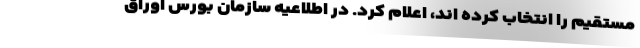
مستقیم را انتخاب کرده اند، اعلام کرد. در اطلاعیه سازمان بورس اوراق